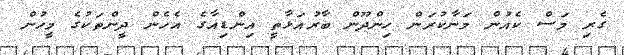
ގެރި މަސް ކެއުން މަނާކުރަން ހިންދޫން ބާރުއަޅާތީ އިންޑިއާގެ އެހެން ދީންތަކުގެ މީހުން